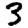
Digit: 3